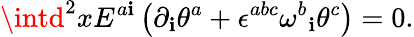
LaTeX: \intd^{2}xE^{a\mathbf{i}}\left(\partial_{\mathbf{i}}\theta^{a}+\epsilon^{abc}{\omega^{b}}_{\mathbf{i}}\theta^{c}\right)=0.